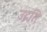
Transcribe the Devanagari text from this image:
उद्गति